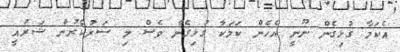
އެކަމާ ގުޅިގެން ނޫނީ އެހެން ކަމަކާ ގުޅިގެން ވެސް މި ސަރުކާރުން ޝަރުއީ